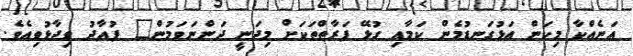
އަނެއްކާ މިކަން އަޅުގަނޑުމެން ކަމާއި ގުޅޭ ފަރާތްތަކަށް މިދަނީ ދަންނަވަމުން" ފުއާދު ވިދާޅުވިއެވެ.